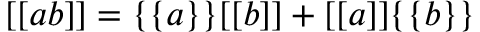
[ [ a b ] ] = \{ \{ a \} \} [ [ b ] ] + [ [ a ] ] \{ \{ b \} \}